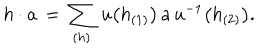
h \cdot a \, = \, \sum _ { ( h ) } \, u \big ( h _ { ( 1 ) } \big ) \, a \, u ^ { - 1 } \big ( h _ { ( 2 ) } \big ) .